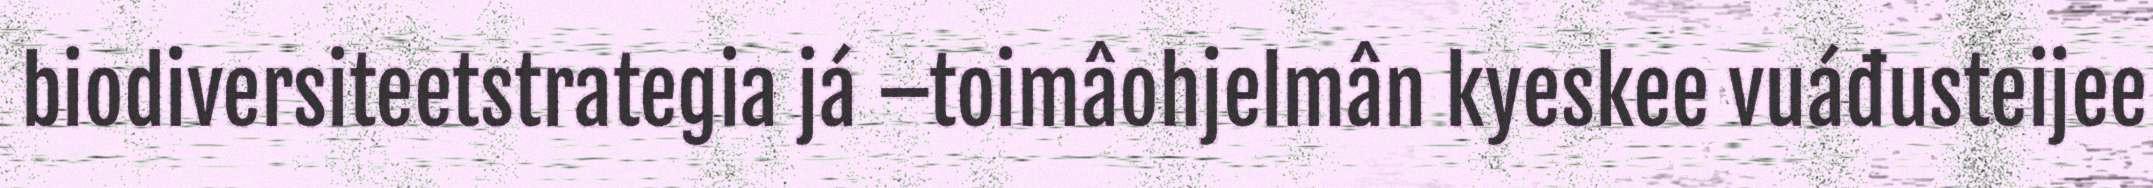
biodiversiteetstrategia já –toimâohjelmân kyeskee vuáđusteijee